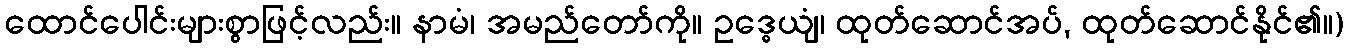
ထောင်ပေါင်းများစွာဖြင့်လည်း။ နာမံ၊ အမည်တော်ကို။ ဥဒ္ဓေယျံ၊ ထုတ်ဆောင်အပ်, ထုတ်ဆောင်နိုင်၏။)